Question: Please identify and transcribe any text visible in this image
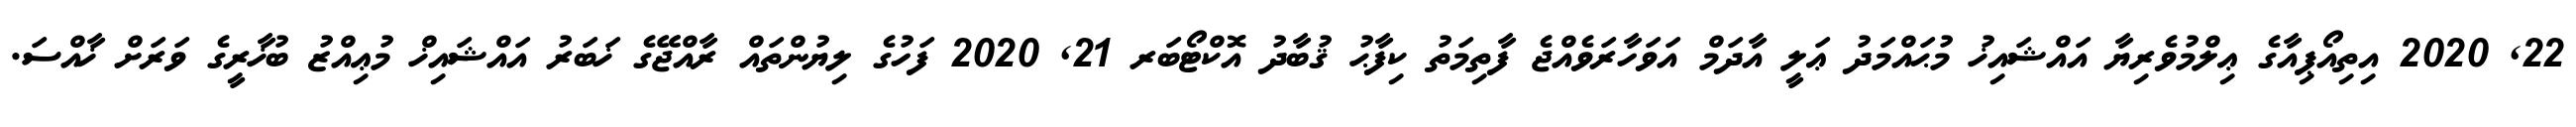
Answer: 22, 2020 އިތިއޯޕިއާގެ ޢިލްމުވެރިޔާ އައްޝައިޚު މުޙައްމަދު ޢަލީ އާދަމް އަވަހާރަވެއްޖެ ފާތިމަތު ކިފާޙު ޤުބާދު އޮކްޓޯބަރ 21, 2020 ފަހުގެ ލިޔުންތައް ރާއްޖޭގެ ޚަބަރު އައްޝައިޚް މުޢިއްޒު ބުޚާރީގެ ވަރަށް ޚާއްސަ.